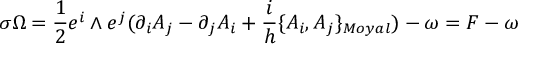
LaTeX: \sigma \Omega = \frac { 1 } { 2 } e ^ { i } \wedge e ^ { j } ( \partial _ { i } { \cal { A } } _ { j } - \partial _ { j } { \cal { A } } _ { i } + \frac { i } { h } \{ { \cal { A } } _ { i } , { \cal { A } } _ { j } \} _ { M o y a l } ) - \omega = { \cal { F } } - \omega